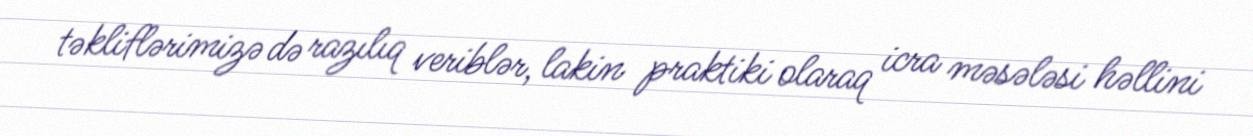
təkliflərimizə də razılıq veriblər, lakin praktiki olaraq icra məsələsi həllini